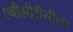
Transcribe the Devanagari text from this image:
एबीसीटीसीएल